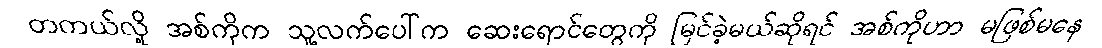
တကယ်လို့ အစ်ကိုက သူ့လက်ပေါ်က ဆေးရောင်တွေကို မြင်ခဲ့မယ်ဆိုရင် အစ်ကိုဟာ မဖြစ်မနေ